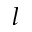
l